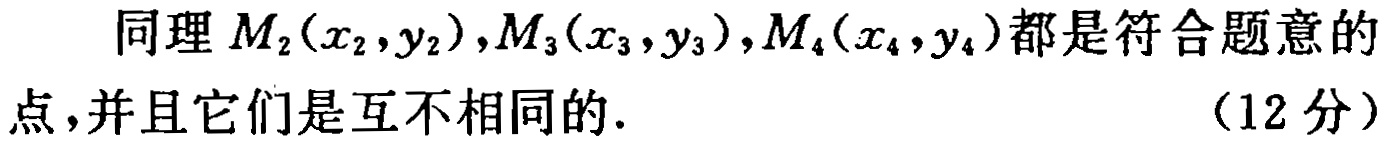
同理 \(M_2(x_2,y_2),M_3(x_3,y_3),M_4(x_4,y_4)\)都是符合题意的点，并且它们是互不相同的. （12 分）